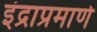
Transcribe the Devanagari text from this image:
इंद्राप्रमाणे